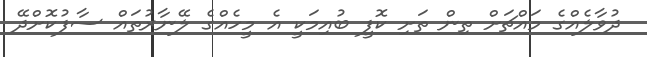
ދުވާލެއްގެ މައްޗަށް ތިން ތަށި ކޮފީ ބުއިމަކީ އެ މީހެއްގެ ލޭނާރުތައް ސާފުކޮށްދޭ